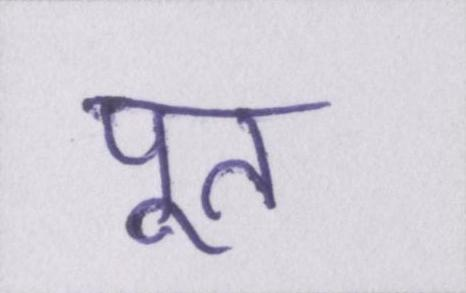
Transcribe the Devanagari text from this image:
पूत